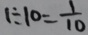
1 \div 1 0 = \frac { 1 } { 1 0 }